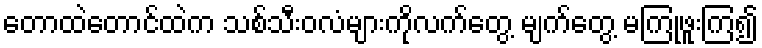
တောထဲတောင်ထဲက သစ်သီးဝလံများကိုလက်တွေ့ မျက်တွေ့ မကြုံဖူးကြ၍